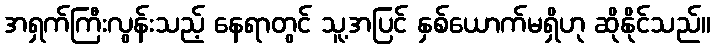
အရှက်ကြီးလွန်းသည့် နေရာတွင် သူ့အပြင် နှစ်ယောက်မရှိဟု ဆိုနိုင်သည်။